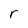
Character: r